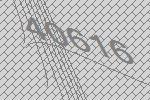
40616